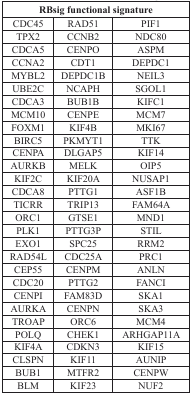
<table><thead><tr><td colspan="3"><b>RBsig functional signature</b></td></tr></thead><tbody><tr><td>CDC45</td><td>RAD51</td><td>PIF1</td></tr><tr><td>TPX2</td><td>CCNB2</td><td>NDC80</td></tr><tr><td>CDCA5</td><td>CENPO</td><td>ASPM</td></tr><tr><td>CCNA2</td><td>CDT1</td><td>DEPDC1</td></tr><tr><td>MYBL2</td><td>DEPDC1B</td><td>NEIL3</td></tr><tr><td>UBE2C</td><td>NCAPH</td><td>SGOL1</td></tr><tr><td>CDCA3</td><td>BUB1B</td><td>KIFC1</td></tr><tr><td>MCM10</td><td>CENPE</td><td>MCM7</td></tr><tr><td>FOXM1</td><td>KIF4B</td><td>MKI67</td></tr><tr><td>BIRC5</td><td>PKMYT1</td><td>TTK</td></tr><tr><td>CENPA</td><td>DLGAP5</td><td>KIF14</td></tr><tr><td>AURKB</td><td>MELK</td><td>OIP5</td></tr><tr><td>KIF2C</td><td>KIF20A</td><td>NUSAP1</td></tr><tr><td>CDCA8</td><td>PTTG1</td><td>ASF1B</td></tr><tr><td>TICRR</td><td>TRIP13</td><td>FAM64A</td></tr><tr><td>ORC1</td><td>GTSE1</td><td>MND1</td></tr><tr><td>PLK1</td><td>PTTG3P</td><td>STIL</td></tr><tr><td>EXO1</td><td>SPC25</td><td>RRM2</td></tr><tr><td>RAD54L</td><td>CDC25A</td><td>PRC1</td></tr><tr><td>CEP55</td><td>CENPM</td><td>ANLN</td></tr><tr><td>CDC20</td><td>PTTG2</td><td>FANCI</td></tr><tr><td>CENPI</td><td>FAM83D</td><td>SKA1</td></tr><tr><td>AURKA</td><td>CENPN</td><td>SKA3</td></tr><tr><td>TROAP</td><td>ORC6</td><td>MCM4</td></tr><tr><td>POLQ</td><td>CHEK1</td><td>ARHGAP11A</td></tr><tr><td>KIF4A</td><td>CDKN3</td><td>KIF15</td></tr><tr><td>CLSPN</td><td>KIF11</td><td>AUNIP</td></tr><tr><td>BUB1</td><td>MTFR2</td><td>CENPW</td></tr><tr><td>BLM</td><td>KIF23</td><td>NUF2</td></tr></tbody></table>